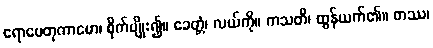
ရောပေတုကာမော၊ စိုက်ပျိုး၍။ ခေတ္တံ၊ လယ်ကို။ ကသတိ၊ ထွန်ယက်၏။ တဿ၊